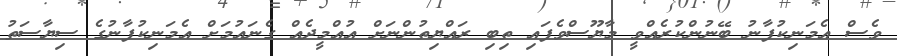
ވެސް އެމަނިކުފާނު ބޭނުންކުރެއްވީ މާޔޫސްވެފައި ތިބި ރައްޔިތުންނަށް އުއްމީދެއް ގެނައުމަށް އެމަނިކުފާނުގެ ސިޔާސަތު